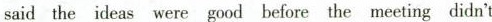
said the ideas were good before the meeting didn't